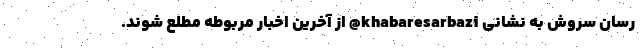
رسان سروش به نشانی khabaresarbazi@ از آخرین اخبار مربوطه مطلع شوند.